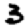
Digit: 3